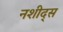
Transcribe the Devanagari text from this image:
नशीद्स